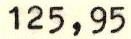
125,95